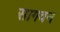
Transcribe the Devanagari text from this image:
सागवन